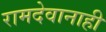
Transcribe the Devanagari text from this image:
रामदेवानाही